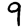
Digit: 9